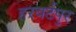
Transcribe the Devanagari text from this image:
हरबर्टपुर